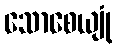
သောစေယျုံ